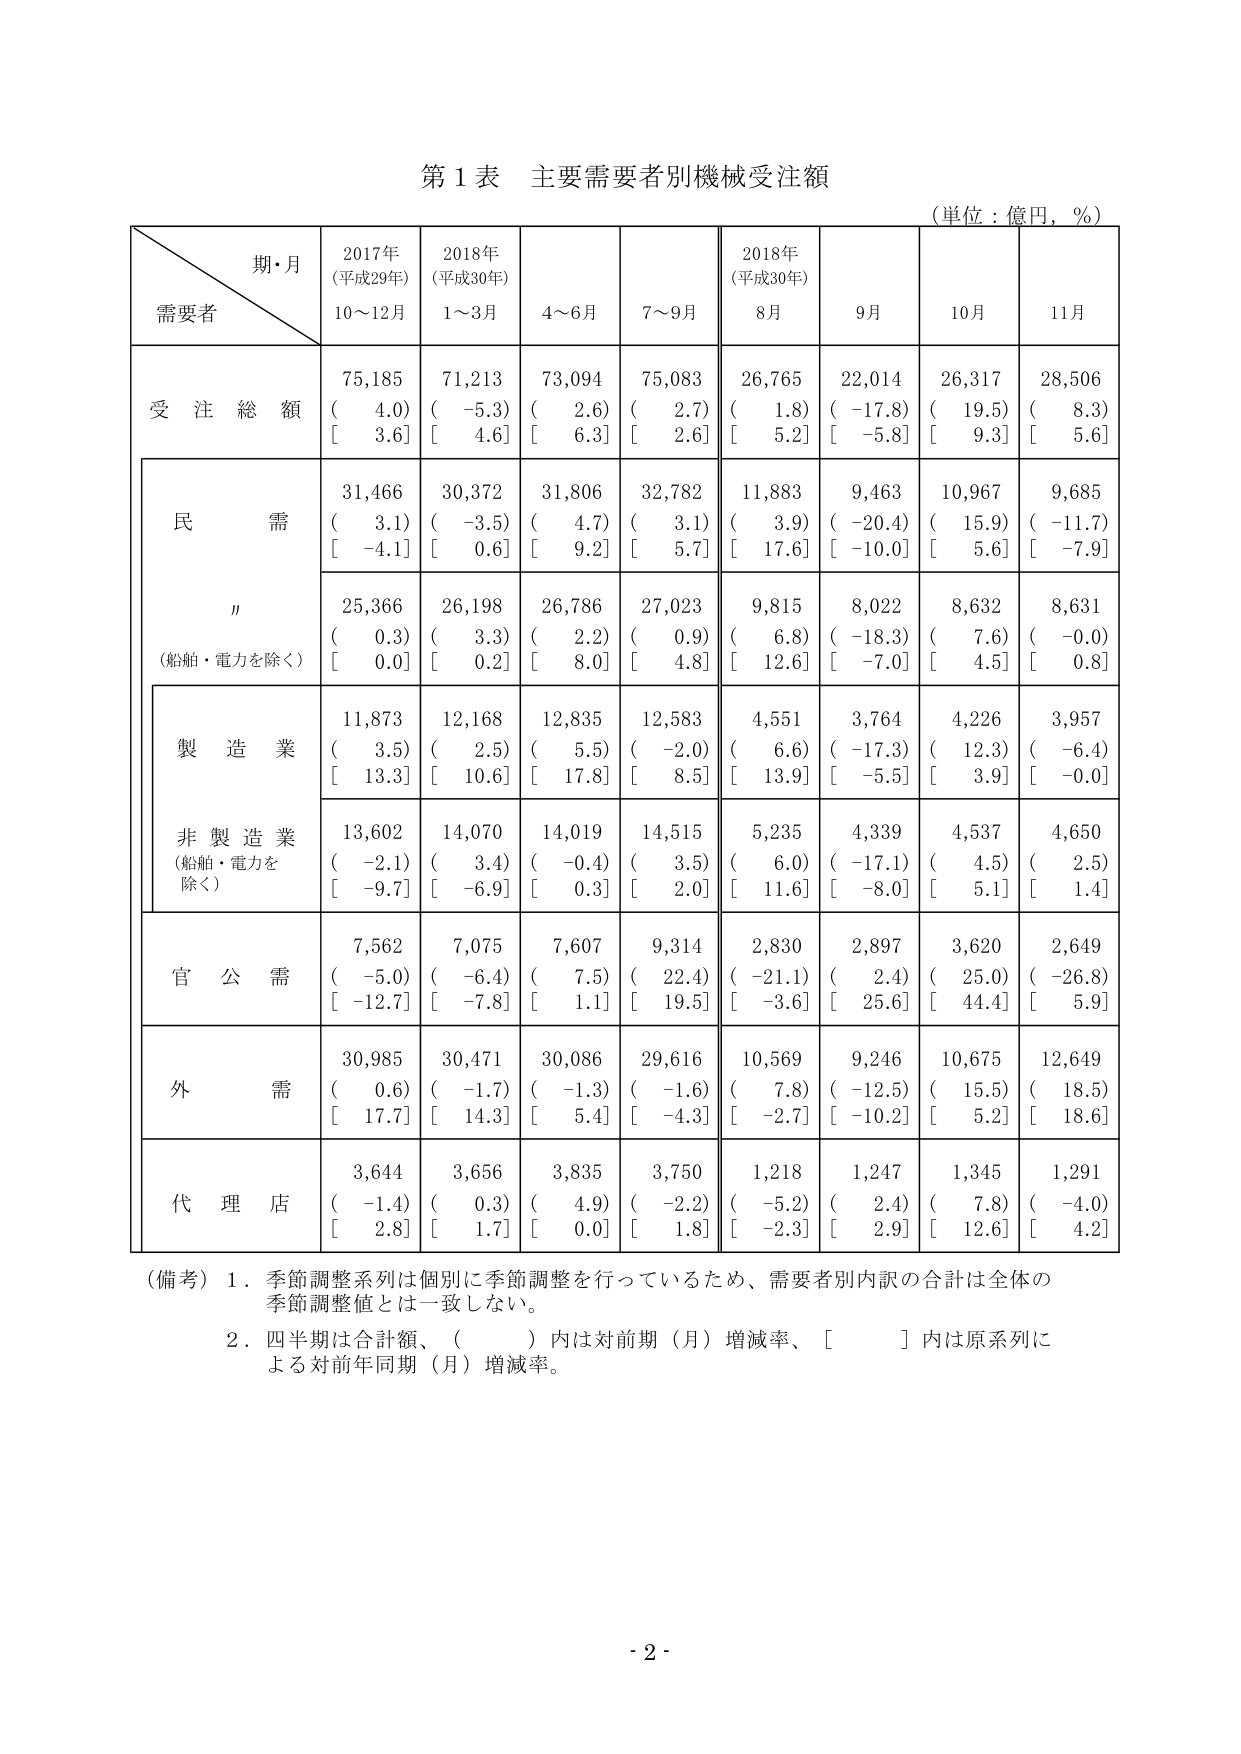
第１表 主要需要者別機械受注額
（単位：億円，％）

期・月
需要者
2017年
（平成29年）
10～12月
2018年
（平成30年）
1～3月
4～6月
7～9月
2018年
（平成30年）
8月
9月
10月
11月

受注総額
75,185
（　4.0）
［　3.6］
71,213
（－5.3）
［　4.6］
73,094
（　2.6）
［　6.3］
75,083
（　2.7）
［　2.6］
26,765
（　1.8）
［　5.2］
22,014
（－17.8）
［－5.8］
26,317
（　19.5）
［　9.3］
28,506
（　8.3）
［　5.6］

民需
31,466
（　3.1）
［－4.1］
30,372
（－3.5）
［　0.6］
31,806
（　4.7）
［　9.2］
32,782
（　3.1）
［　5.7］
11,883
（　3.9）
［　17.6］
9,463
（－20.4）
［－10.0］
10,967
（　15.9）
［　5.6］
9,685
（－11.7）
［－7.9］

〃
（船舶・電力を除く）
25,366
（　0.3）
［　0.0］
26,198
（　3.3）
［　0.2］
26,786
（　2.2）
［　8.0］
27,023
（　0.9）
［　4.8］
9,815
（　6.8）
［　12.6］
8,022
（－18.3）
［－7.0］
8,632
（　7.6）
［　4.5］
8,631
（－0.0）
［　0.8］

製造業
11,873
（　3.5）
［　13.3］
12,168
（　2.5）
［　10.6］
12,835
（　5.5）
［　17.8］
12,583
（－2.0）
［　8.5］
4,551
（　6.6）
［　13.9］
3,764
（－17.3）
［－5.5］
4,226
（　12.3）
［　3.9］
3,957
（－6.4）
［－0.0］

非製造業
（船舶・電力を除く）
13,602
（－2.1）
［－9.7］
14,070
（　3.4）
［－6.9］
14,019
（－0.4）
［　0.3］
14,515
（　3.5）
［　2.0］
5,235
（　6.0）
［　11.6］
4,339
（－17.1）
［－8.0］
4,537
（　4.5）
［　5.1］
4,650
（　2.5）
［　1.4］

官公需
7,562
（－5.0）
［－12.7］
7,075
（－6.4）
［－7.8］
7,607
（　7.5）
［　1.1］
9,314
（　22.4）
［　19.5］
2,830
（－21.1）
［－3.6］
2,897
（　2.4）
［　25.6］
3,620
（　25.0）
［　44.4］
2,649
（－26.8）
［　5.9］

外需
30,985
（　0.6）
［　17.7］
30,471
（－1.7）
［　14.3］
30,086
（－1.3）
［　5.4］
29,616
（－1.6）
［－4.3］
10,569
（　7.8）
［－2.7］
9,246
（－12.5）
［－10.2］
10,675
（　15.5）
［　5.2］
12,649
（　18.5）
［　18.6］

代理店
3,644
（－1.4）
［　2.8］
3,656
（　0.3）
［　1.7］
3,835
（　4.9）
［　0.0］
3,750
（－2.2）
［　1.8］
1,218
（－5.2）
［－2.3］
1,247
（　2.4）
［　2.9］
1,345
（　7.8）
［　12.6］
1,291
（－4.0）
［　4.2］

（備考）１．季節調整系列は個別に季節調整を行っているため、需要者別内訳の合計は全体の季節調整値とは一致しない。
　　　２．四半期は合計額、（　　）内は対前期（月）増減率、［　　］内は原系列による対前年同期（月）増減率。

- 2 -